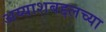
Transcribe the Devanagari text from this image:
अय्याशबद्दलच्या